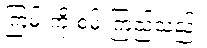
ကြမ်းကို စမ်းကြည့်သည်။